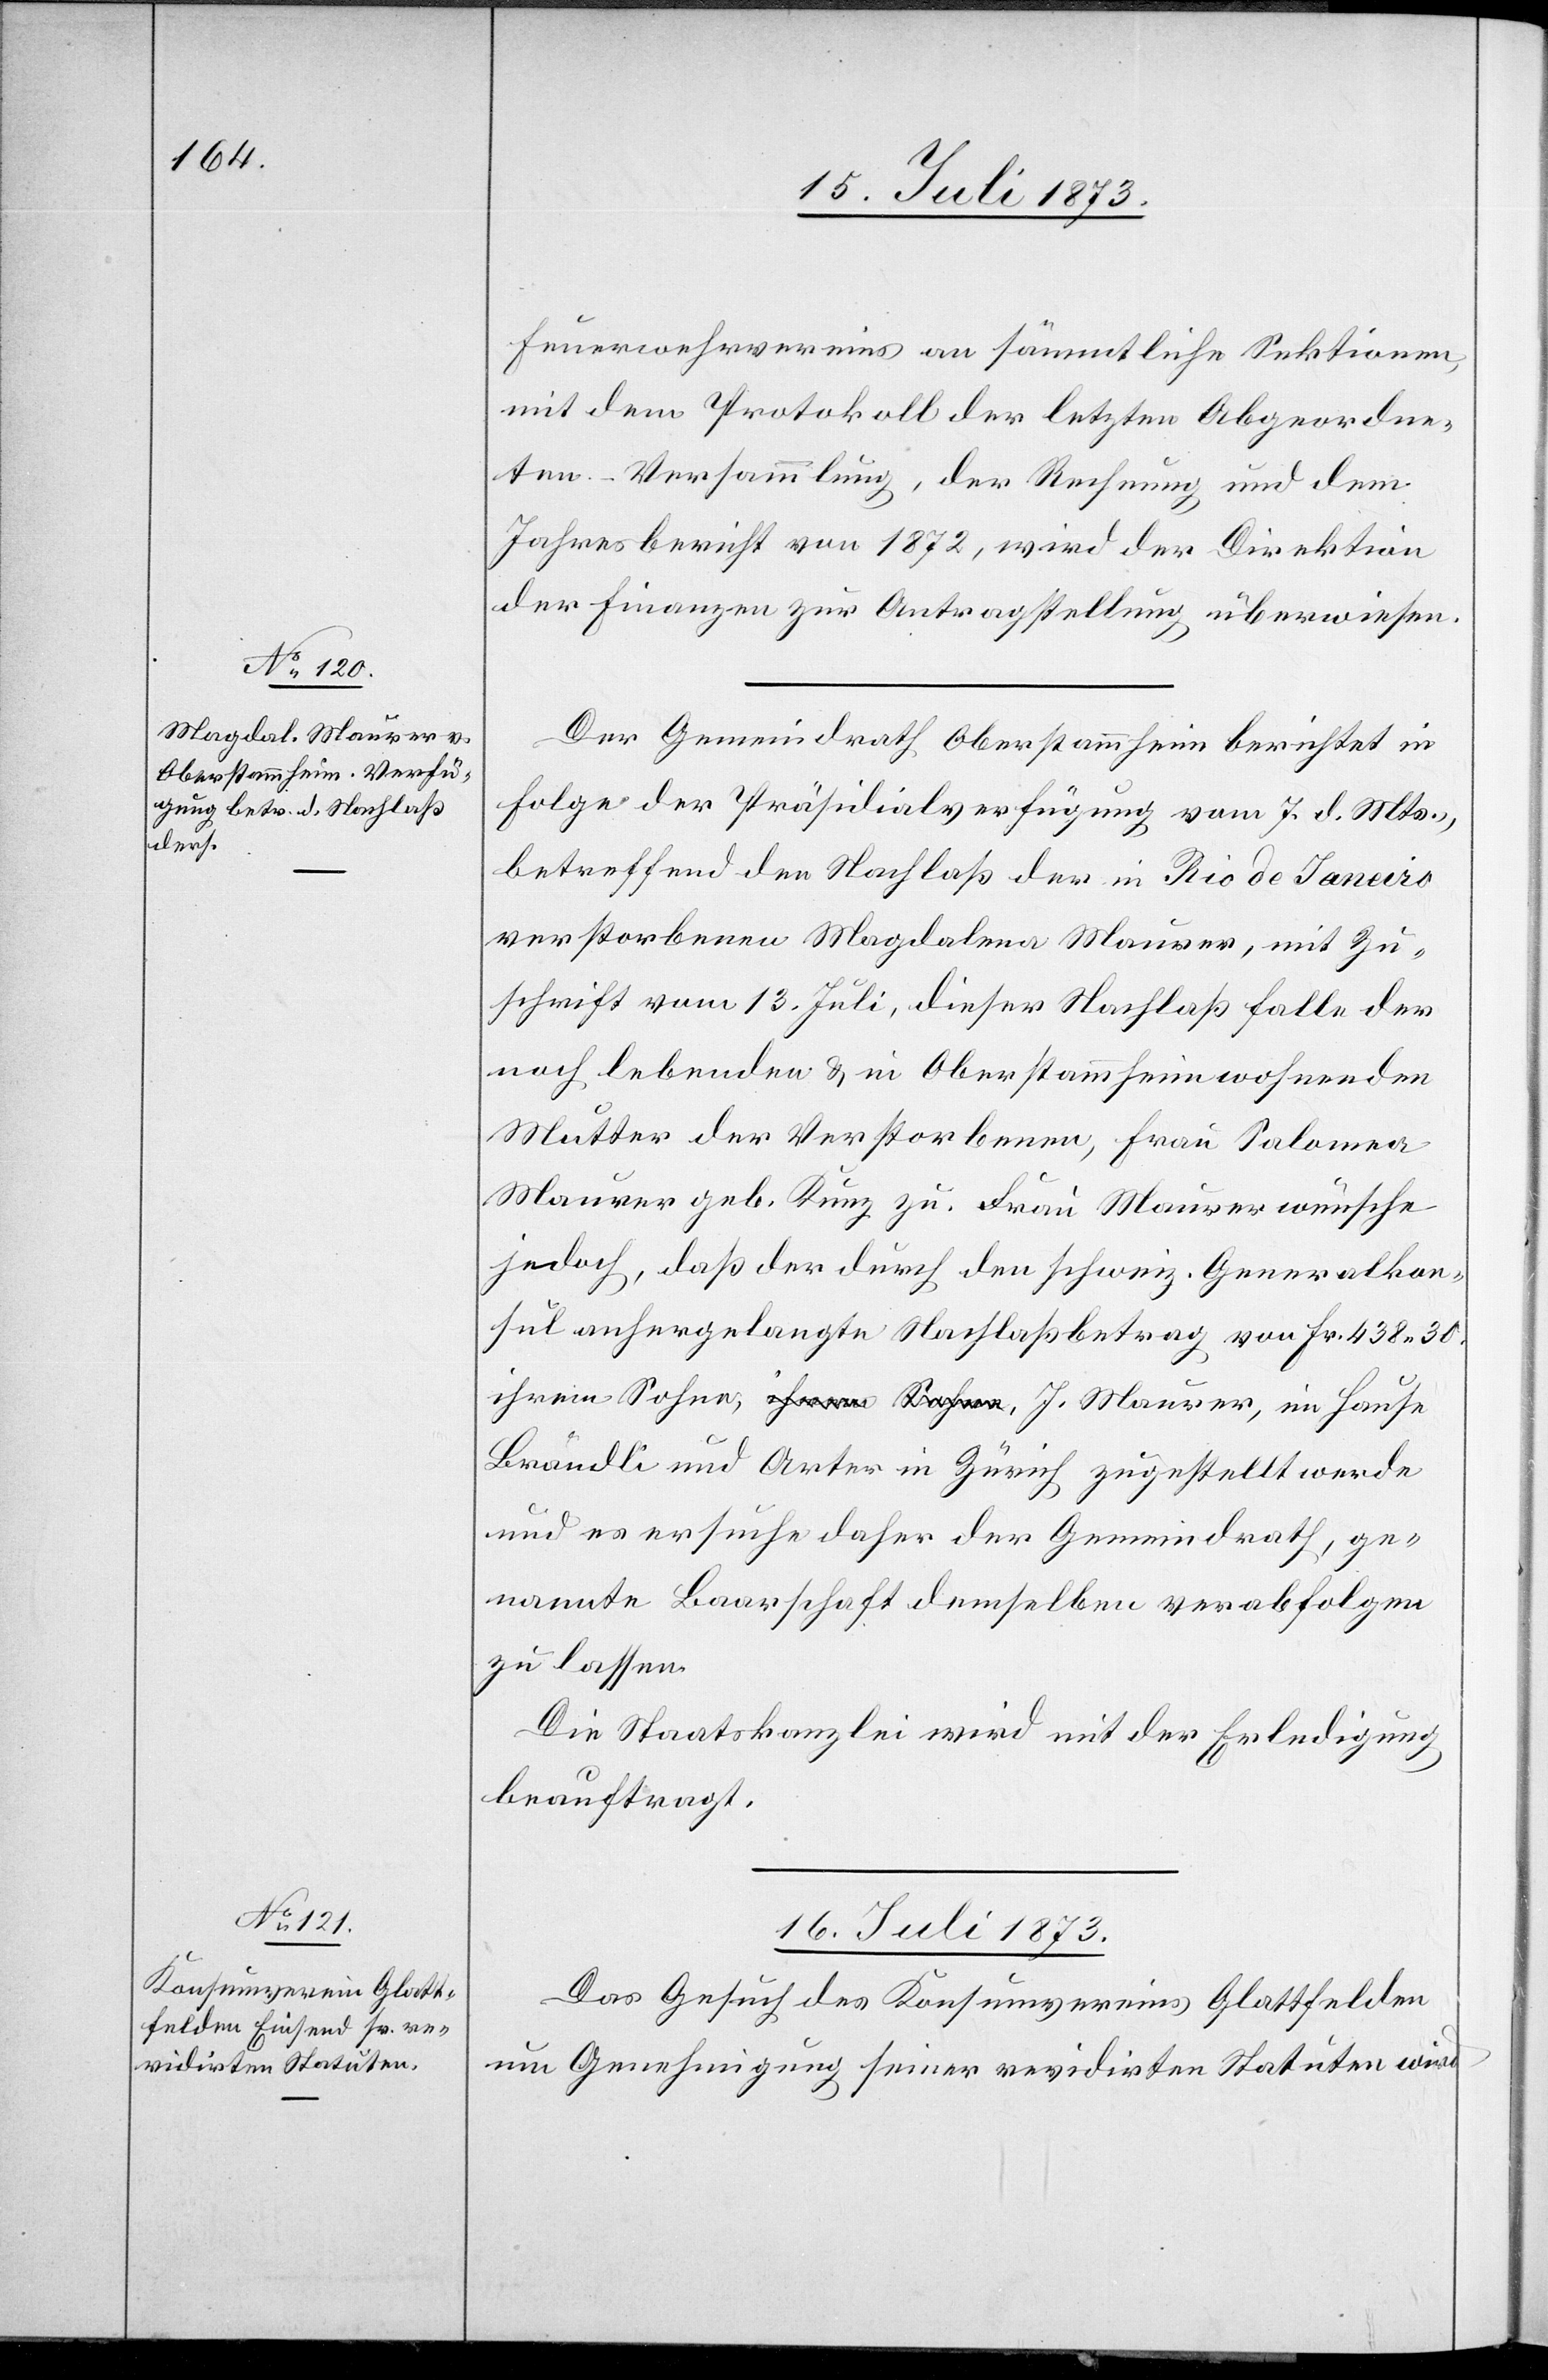
15. Juli 1873.]
Feuerwehrvereins an sämmtliche Sektionen,
mit dem Protokoll der letzten Abgeordne¬
ten-Versammlung, der Rechnung und dem
Jahresbericht von 1872, wird der Direktion
der Finanzen zur Antragstellung überwiesen.
Der Gemeindrath Oberstammheim berichtet in
Folge der Präsidialverfügung vom 7. d. Mts.,
betreffend den Nachlaß der in Rio de Janeiro
verstorbenen Magdalena Maurer, mit Zu¬
schrift vom 13. Juli, dieser Nachlaß falle der
noch lebenden & in Oberstammheim wohnenden
Mutter der Verstorbenen, Frau Salomea
Maurer geb. Kunz zu. Frau Maurer wünsche
jedoch, daß der durch den schweiz. Generalkon¬
sul anhergelangte Nachlaßbetrag von Fr. 438 30.
Brändli und Arter in Zürich zugestellt werde
und es ersuche daher der Gemeindrath, ge¬
nannte Baarschaft demselben verabfolgen
zu lassen.
Die Staatskanzlei wird mit der Erledigung
beauftragt.
16. Juli 1873.
Das Gesuch des Konsumvereins Glattfelden
um Genehmigung seiner revidirten Statuten wird